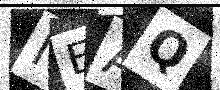
Text: NEAQ